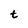
Character: t